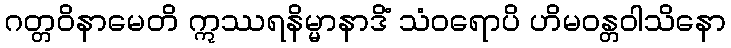
ဂတ္တဝိနာမေတိ ဣဿရနိမ္မာနာဒိံ သံဝရောပိ ဟိမဝန္တဝါသိနော